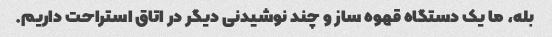
بله، ما یک دستگاه قهوه ساز و چند نوشیدنی دیگر در اتاق استراحت داریم.